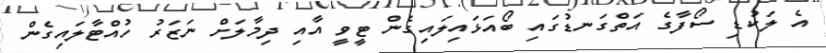
އެ ލަކުޑި ސޯފާގެ އަތްގަނޑުގައި ބޯއަޅައިލައިގެން ޓީވީ އާއި ދިމާލަށް ނަޒަރު ހުއްޓާލައިގެން